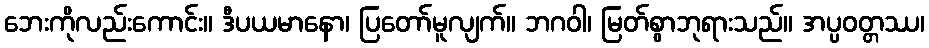
ဘေးကိုလည်းကောင်း။ ဒီပယမာနော၊ ပြတော်မူလျက်။ ဘဂဝါ၊ မြတ်စွာဘုရားသည်။ အပ္ပဝတ္တဿ၊